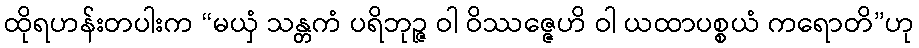
ထိုရဟန်းတပါးက “မယှံ သန္တကံ ပရိဘုဉ္ဇ ဝါ ဝိဿဇ္ဇေဟိ ဝါ ယထာပစ္စယံ ကရောတိ”ဟု